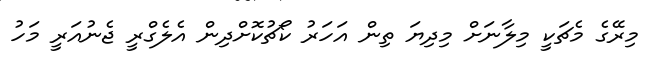
މިރޭގެ މެޗަކީ މިލާނަށް މިދިޔަ ތިން އަހަރު ކޯޗުކޮށްދިން އެލެގްރީ ޖެނުއަރީ މަހު